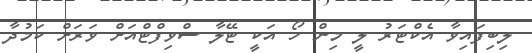
ލިބިފައިވާ އެކްޓަރު ލީ މިން ހޯ އަކީ ޓޭލާ ސްވިފްޓްއަށް ވަރަށް ކަމުދާ